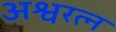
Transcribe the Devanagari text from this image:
अश्वरत्न